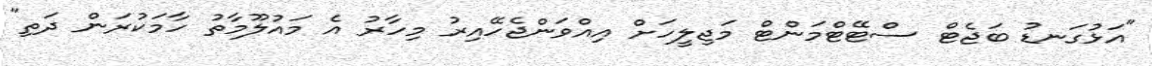
"އަޅުގަނޑު ބަޖެޓް ސްޓޭޓްމަންޓް މަޖިލީހަށް އިއްވަންޖެހޭއިރު މިހާރު އެ މައުލޫމާތު ހާމަކުރަން ދަތި"